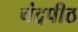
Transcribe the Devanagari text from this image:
चंद्रपीठ